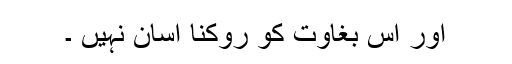
اور اس بغاوت کو روکنا آسان نہیں ۔